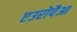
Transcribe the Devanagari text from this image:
एउरोपैआ